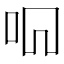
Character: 𫩦